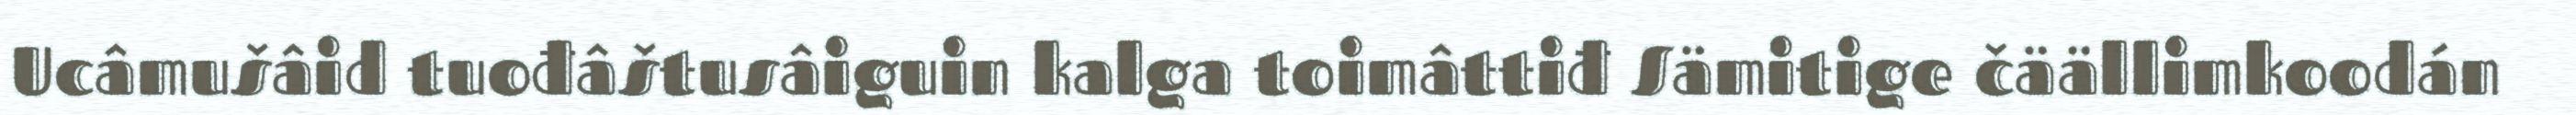
Ucâmušâid tuođâštusâiguin kalga toimâttiđ Sämitige čäällimkoodán